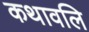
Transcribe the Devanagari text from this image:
कथावलि